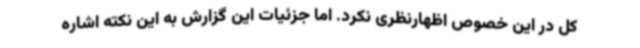
کل در این خصوص اظهارنظری نکرد. اما جزئیات این گزارش به این نکته اشاره